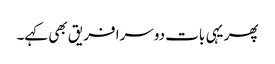
پھر یہی بات دوسرا فریق بھی کہے۔